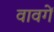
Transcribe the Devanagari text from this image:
वावगें